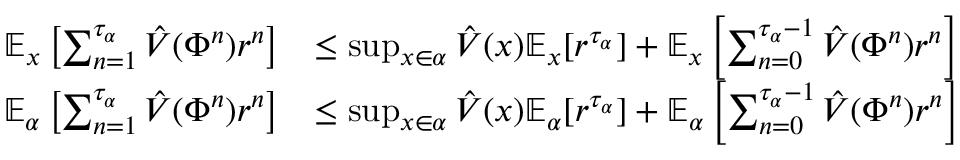
\begin{array} { r l } { \mathbb { E } _ { x } \left[ \sum _ { n = 1 } ^ { \tau _ { \alpha } } \hat { V } ( \Phi ^ { n } ) r ^ { n } \right] } & { \leq \operatorname* { s u p } _ { x \in \alpha } \hat { V } ( x ) \mathbb { E } _ { x } [ r ^ { \tau _ { \alpha } } ] + \mathbb { E } _ { x } \left[ \sum _ { n = 0 } ^ { \tau _ { \alpha } - 1 } \hat { V } ( \Phi ^ { n } ) r ^ { n } \right] } \\ { \mathbb { E } _ { \alpha } \left[ \sum _ { n = 1 } ^ { \tau _ { \alpha } } \hat { V } ( \Phi ^ { n } ) r ^ { n } \right] } & { \leq \operatorname* { s u p } _ { x \in \alpha } \hat { V } ( x ) \mathbb { E } _ { \alpha } [ r ^ { \tau _ { \alpha } } ] + \mathbb { E } _ { \alpha } \left[ \sum _ { n = 0 } ^ { \tau _ { \alpha } - 1 } \hat { V } ( \Phi ^ { n } ) r ^ { n } \right] } \end{array}